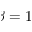
\beta = 1